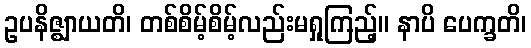
ဥပနိဇ္ဈာယတိ၊ တစ်စိမ့်စိမ့်လည်းမရှုကြည့်။ နာပိ ပေက္ခတိ၊